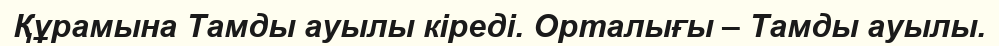
Құрамына Тамды ауылы кіреді. Орталығы – Тамды ауылы.